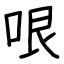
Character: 哏